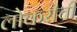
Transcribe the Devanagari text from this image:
लोकरीची